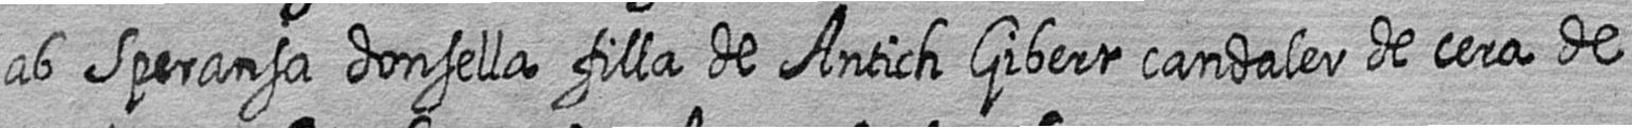
ab Speransa donsella filla de Antich Gibert candaler de cera de